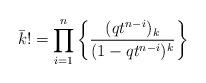
LaTeX: \begin{align*}\bar k != \prod_{i=1}^n \left\{ \dfrac{ (qt^{n-i} )_{k} }{(1-qt^{n-i} )^{k}} \right\} \end{align*}